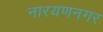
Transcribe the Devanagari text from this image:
नारयणनगर